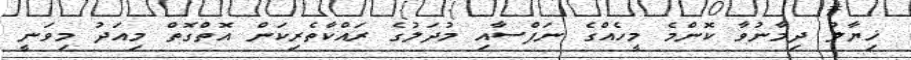
ޚިޔާލު ދިމާނުވާ ކޮންމެ މީހެއްގެ ނަފްސާއި މުދަލުގެ ރައްކާތެރިކަން އޮތްގޮތް މިއަދު މިވަނީ